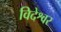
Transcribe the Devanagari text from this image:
विदेश्वर